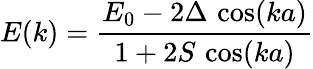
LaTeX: E(k)={\frac{E_{0}-2\Delta\, \cos(ka)}{1+2S\, \cos(ka)}}